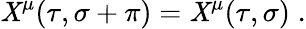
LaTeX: \mathit{X}^{\mu}(\tau,\sigma+\pi)=\mathit{X}^{\mu}(\tau,\sigma)\; .